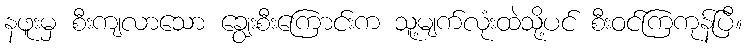
နဖူးမှ စီးကျလာသော ချွေးစီးကြောင်းက သူ့မျက်လုံးထဲသို့ပင် စီးဝင်ကြကုန်ပြီ။